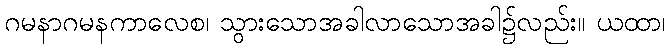
ဂမနာဂမနကာလေစ၊ သွားသောအခါလာသောအခါ၌လည်း။ ယထာ၊